Report on horse surra - Volume I
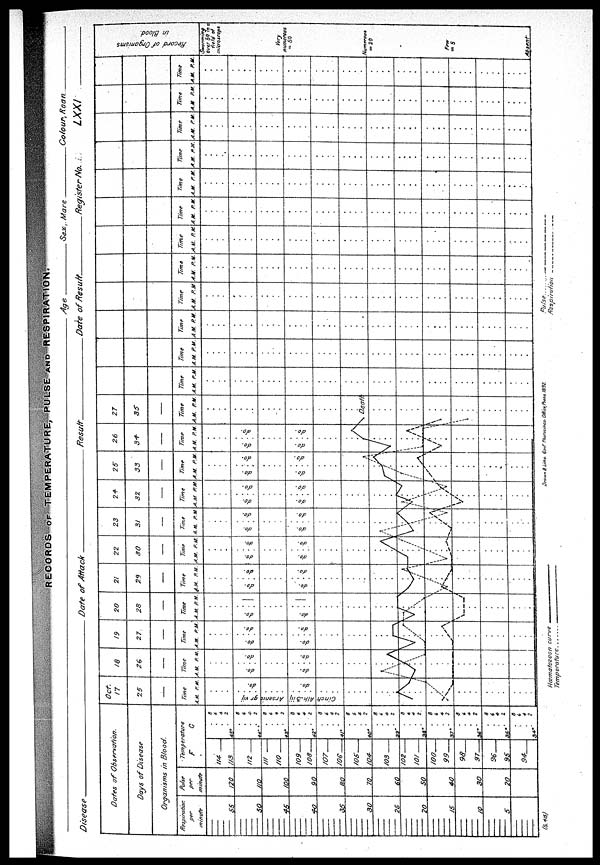
RECORDS OF TEMPERATURE, PULSE AND RESPIRATION.